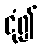
ငုံ၍